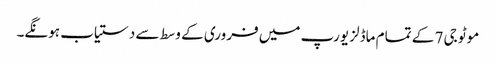
موٹو جی 7 کے تمام ماڈلز یورپ میں فروری کے وسط سے دستیاب ہونگے۔